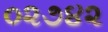
૦૨૭૪૨